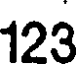
123